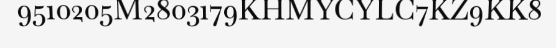
9510205M2803179KHMYCYLC7KZ9KK8